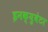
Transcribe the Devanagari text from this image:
इनक्युबेटर